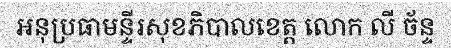
អនុប្រធាមន្ទីរសុខភិបាលខេត្ត លោក លី ច័ន្ទ